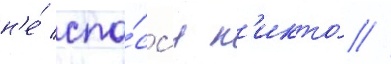
н'е́ спа́сс'я н'икто́ //